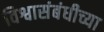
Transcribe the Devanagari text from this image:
विश्वासंबंधीच्या